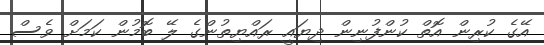
އޭގެ ކުރިން އޮތް ކުންފުނިން ދިޔައީ ރައްޔިތުންގެ ލޭ ބޮމުން ކަމަށް ވެސް